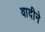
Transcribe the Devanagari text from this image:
वादीने